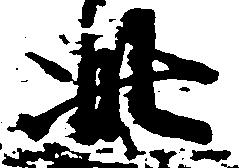
此